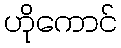
ဟိုကောင်